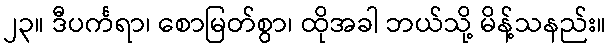
၂၃။ ဒီပင်္ကရာ၊ စောမြတ်စွာ၊ ထိုအခါ ဘယ်သို့ မိန့်သနည်း။